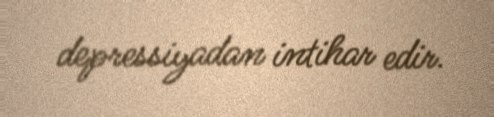
depressiyadan intihar edir.